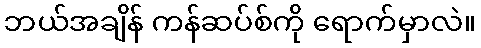
ဘယ်အချိန် ကန်ဆပ်စ်ကို ရောက်မှာလဲ။